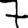
Digit: 7